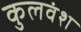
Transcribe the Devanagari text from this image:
कुलवंश